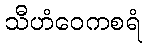
သီဟံဝေကစရံ